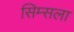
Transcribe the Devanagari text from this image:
सिम्सला